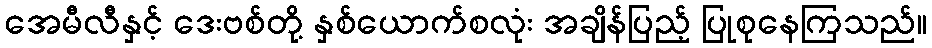
အေမီလီနှင့် ဒေးဗစ်တို့ နှစ်ယောက်စလုံး အချိန်ပြည့် ပြုစုနေကြသည်။